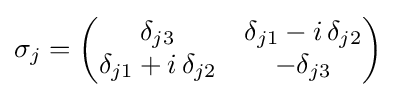
\sigma _{j}={\begin{pmatrix}\delta _{j3}&\delta _{j1}-i\,\delta _{j2}\\\delta _{j1}+i\,\delta _{j2}&-\delta _{j3}\end{pmatrix}}